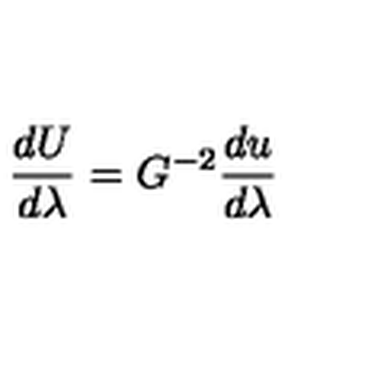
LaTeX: { \frac { d U } { d \lambda } } = G ^ { - 2 } { \frac { d u } { d \lambda } }